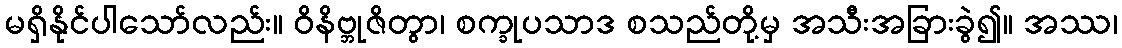
မရှိနိုင်ပါသော်လည်း။ ဝိနိဗ္ဘုဇိတွာ၊ စက္ခုပသာဒ စသည်တို့မှ အသီးအခြားခွဲ၍။ အဿ၊